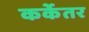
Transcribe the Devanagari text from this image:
कर्केतर